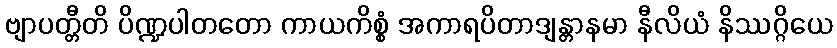
ဗျာပတ္တီတိ ပိဏ္ဍပါတတော ကာယကိစ္စံ အကာရပိတာဒျန္တာနမာ နီလိယံ နိဿဂ္ဂိယေ